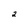
Character: 2